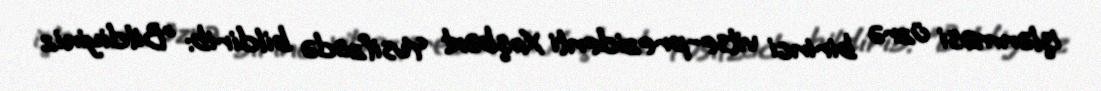
işlənməsi üzrə birinci vitse-prezidenti Xoşbəxt Yusifzadə bildirib: "Bildiyiniz